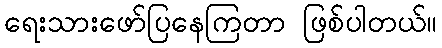
ရေးသားဖော်ပြနေကြတာ ဖြစ်ပါတယ်။